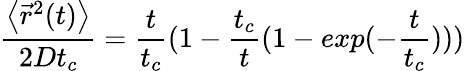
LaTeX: \frac{\left\langle\vec{r}^{2}(t)\right\rangle}{2Dt_{c}}=\frac{t}{t_{c}}(1-\frac{t_{c}}{t}(1-exp(-\frac{t}{t_{c}})))